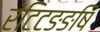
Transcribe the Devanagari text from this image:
रंटिटङङषि